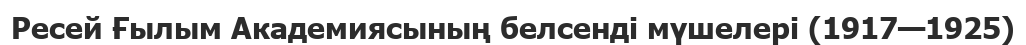
Ресей Ғылым Академиясының белсенді мүшелері (1917—1925)